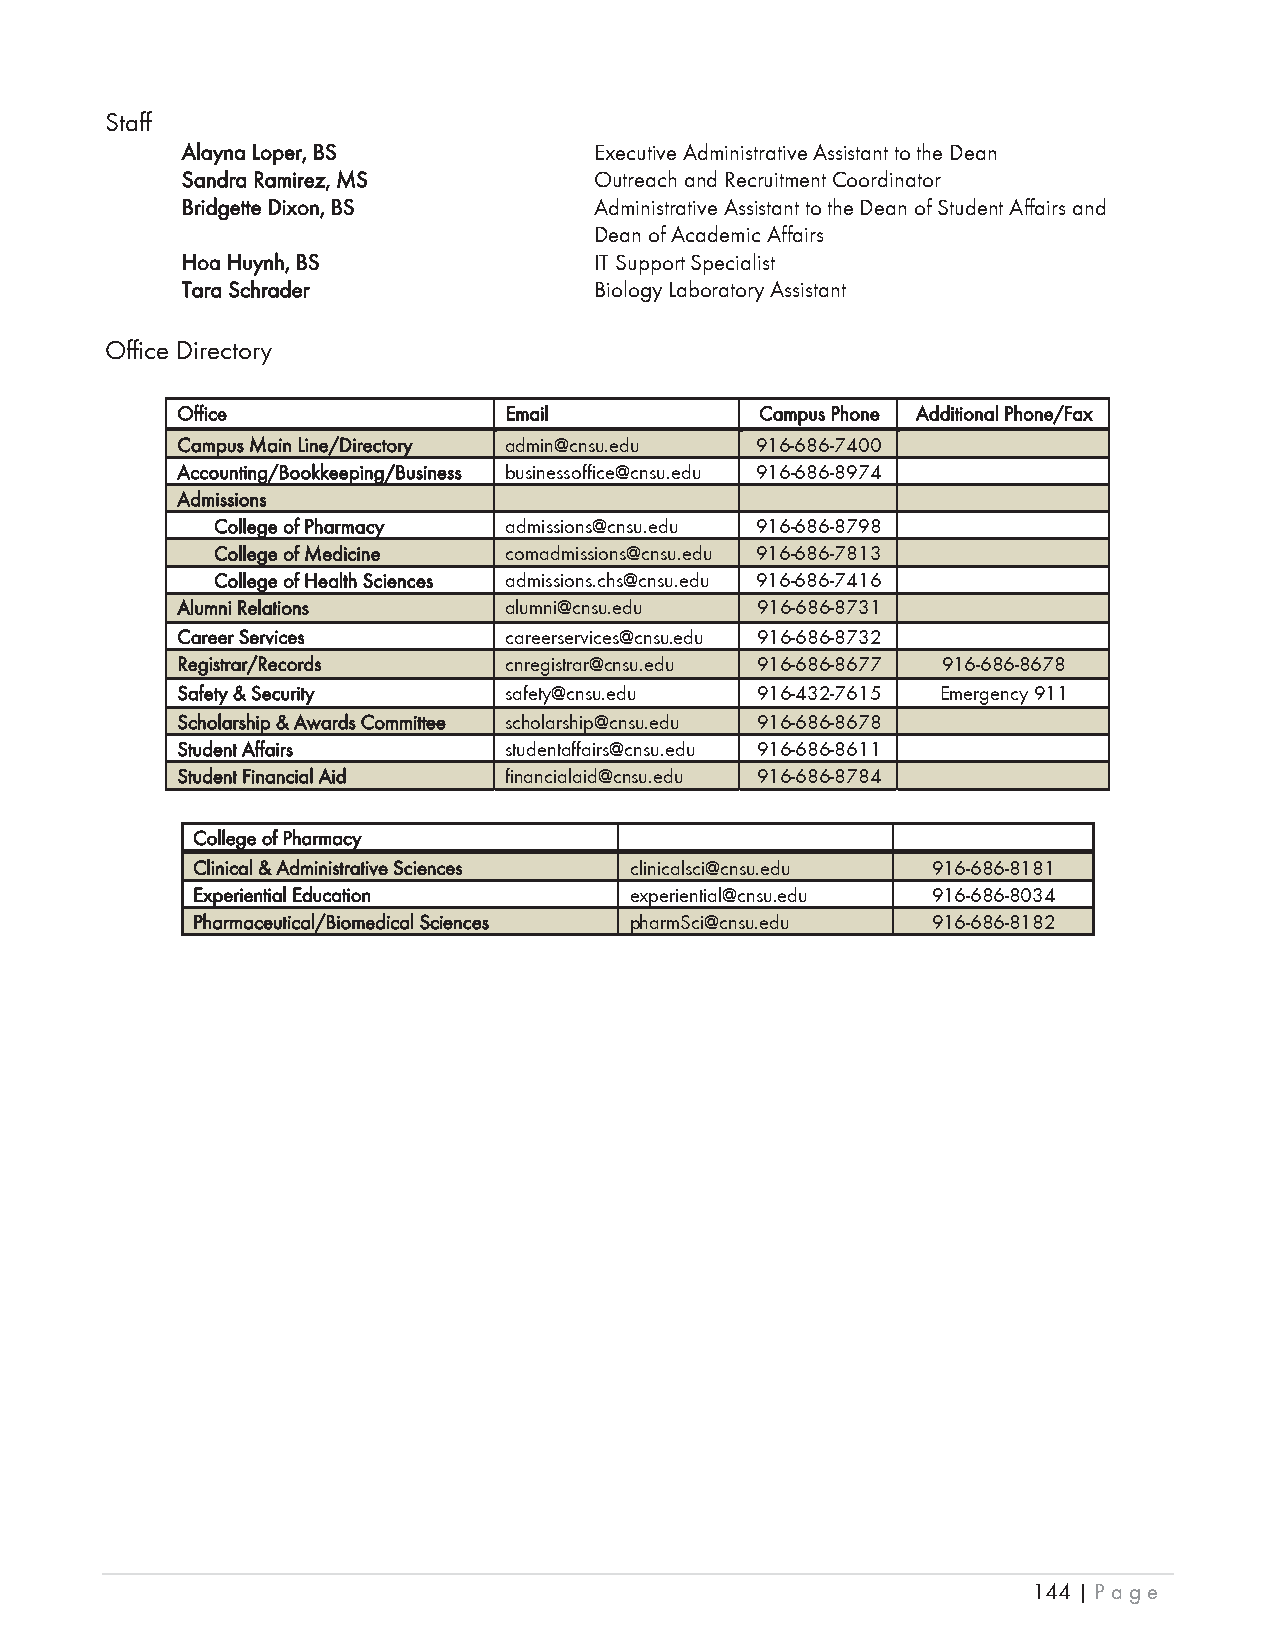
Staff
 AAlayna Loper, BS          Executive Administrative Assistant to the Dean
 SSandra Ramirez, MS        Outreach and Recruitment Coordinator
 BBridgette Dixon,, BS      Administrative Assistant to the Dean of Student Affairs and
 Dean of Academic Affairs
 HHoa Huynh,, BS            IT Support Specialist
 TTara Schrader             Biology Laboratory Assistant
 Office Directory
 OOffice              EEmail           CCampus Phone AAdditional Phone/Fax
 CCampus Main Line/Directory admin@cnsu.edu 916-686-7400
 AAccounting/Bookkeeping//Business businessoffice@cnsu.edu 916-686-8974
 AAdmissions
 CCollege of Pharmacy admissions@cnsu.edu 916-686-8798
 CCollege of Medicine comadmissions@cnsu.edu 916-686-7813
 CCollege of Health Sciences admissions.chs@cnsu.edu 916-686-7416
 AAlumni Relations    alumni@cnsu.edu  916-686-8731
 CCareer Services     careerservices@cnsu.edu 916-686-8732
 RRegistrar/Records   cnregistrar@cnsu.edu 916-686-8677 916-686-8678
 SSafety & Security   safety@cnsu.edu  916-432-7615 Emergency 911
 SScholarship & Awards Committee scholarship@cnsu.edu 916-686-8678
 SStudent Affairs     studentaffairs@cnsu.edu 916-686-8611
 SStudent Financial Aid financialaid@cnsu.edu 916-686-8784
 CCollege of Pharmacy
 CClinical & Administrative Sciences clinicalsci@cnsu.edu 916-686-8181
 EExperiential Education      experiential@cnsu.edu 916-686-8034
 PPharmaceutical/Biomedical Sciences pharmSci@cnsu.edu 916-686-8182
 144 | Page